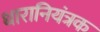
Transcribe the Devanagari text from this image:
धारानियंत्रक